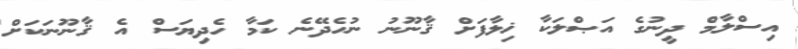
އިސްލާމް ދީނުގެ އަޞްލަކާ ޚިލާފަށް ޤާނޫނު ނުހެދޭނެ ކަމާ ހެދިޔަސް އެ ޤާނޫނަކަށް